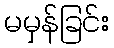
မမှန်ခြင်း